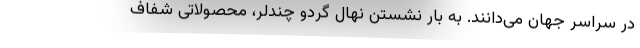
در سراسر جهان می­‌دانند. به بار نشستن نهال گردو چندلر، محصولاتی شفاف